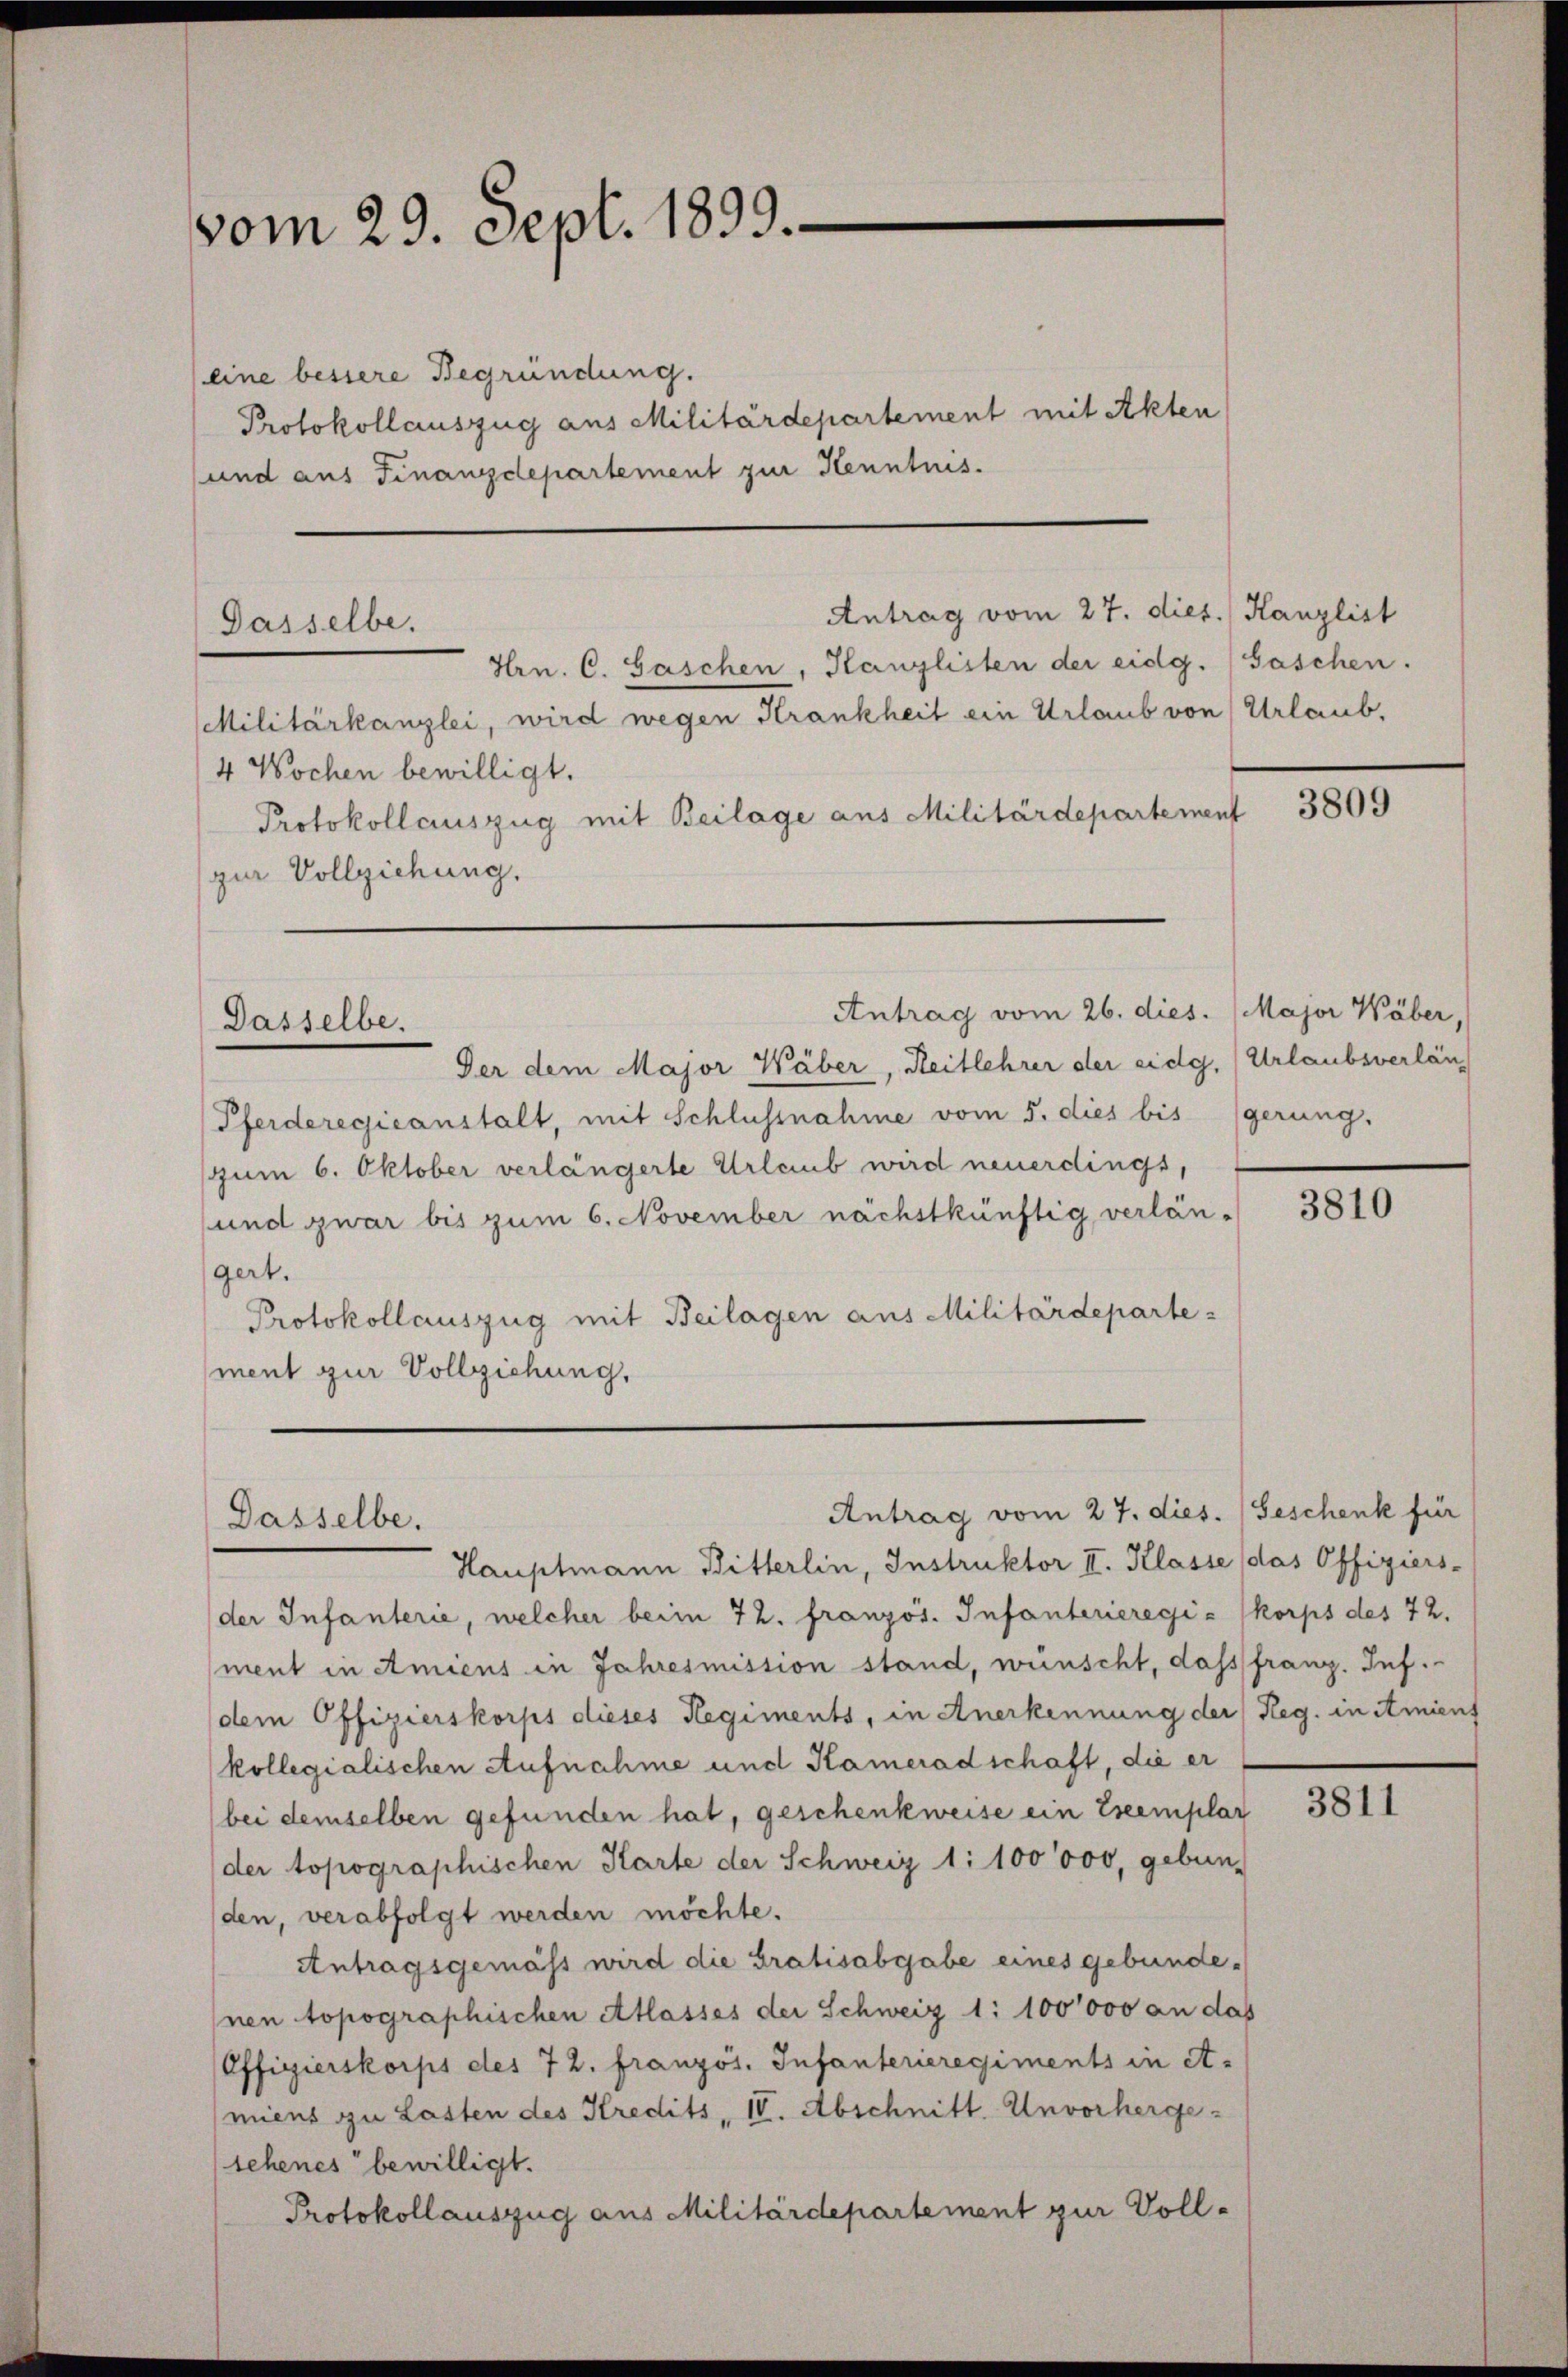
vom 29. Sept. 1899.

eine bessere Begründung.
Protokollauszug aus Militärdepartement mit Akten
und aus Finanzdepartement zur Kenntnis.

Dasselbe.

Dasselbe.

Dasselbe.

Antrag vom 27. dies. Kanzlist

Antrag vom 26. dies. (Major Wäber,

Hrn. C. Haschen, Kanzlisten der eidg. (Saschen.
Militärkanzlei, wird wegen Krankheit ein Urlaub von Urlaub,
4 Wochen bewilligt.
Protokollauszug mit Beilage aus Militärdepartement
zur Vollziehung.

Der dem Major Wäber, Reitlehrer der eidg. (Urlaubsverläng
Pferderegicanstalt, mit Schlussnahme vom 5. dies bis gerung.
zum 6. Oktober verlängerte Urlaub wird neuerdings,
und zwar bis zum 6. November nächstkünftig verlängert.
Protokollauszug mit Beilagen aus Militärdeparte
ment zur Vollziehung,

Antrag vom 27. dies. (Geschenk für

Hauptmann Bitterlin, Instruktor II. Klasse das Offiziers-
der Infanterie, welcher beim 72. französ. Infanterieregia (korps des 72.
ment in Amiens in Jahresmission stand, wünscht, das franz. Inf.
dem Offizierskorps dieses Hegiments, in Anerkennung der Reg. in Amiens
kollegialischen Aufnahme und Kameradschaft, die er
bei demselben gefunden hat, geschenkweise ein Exemplar
der topographischen Karte der Schweiz 1: 100000, gebun-
den, verabfolgt werden möchte.
Antragsgemäss wird die Gratisabgabe eines gebunde¬
Inen topographischen Atlasses der Schweiz 1: 100000 an das
Offizierskorps des 72. französ. Infanterieregiments in A.
miens zu Lasten des Kredits, IV. Abschnitt. Unvorherge-
tehenes bewilligt.
Protokollauszug aus Militärdepartement zur Voll¬

3809

3810

3811